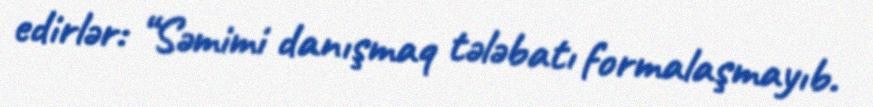
edirlər: “Səmimi danışmaq tələbatı formalaşmayıb.